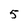
Character: 5